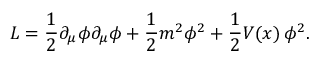
{ \cal L } = \frac { 1 } { 2 } \partial _ { \mu } \phi \partial _ { \mu } \phi + \frac { 1 } { 2 } m ^ { 2 } \phi ^ { 2 } + \frac { 1 } { 2 } V ( x ) \, \phi ^ { 2 } .